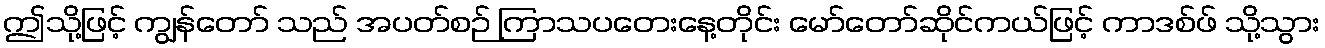
ဤသို့ဖြင့် ကျွန်တော် သည် အပတ်စဉ် ကြာသပတေးနေ့တိုင်း မော်တော်ဆိုင်ကယ်ဖြင့် ကာဒစ်ဖ် သို့သွား